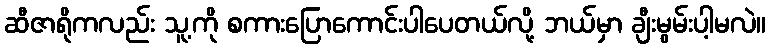
ဆီဇာရိုကလည်း သူ့ကို စကားပြောကောင်းပါပေတယ်လို့ ဘယ်မှာ ချီးမွမ်းပါ့မလဲ။